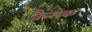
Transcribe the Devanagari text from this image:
वैंन्सक